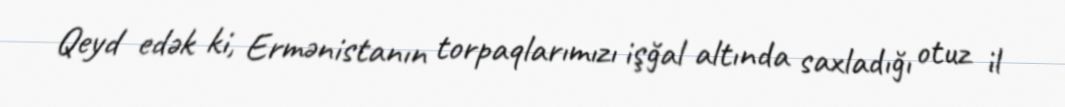
Qeyd edək ki, Ermənistanın torpaqlarımızı işğal altında saxladığı otuz il